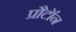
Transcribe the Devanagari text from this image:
प्रौटॉन